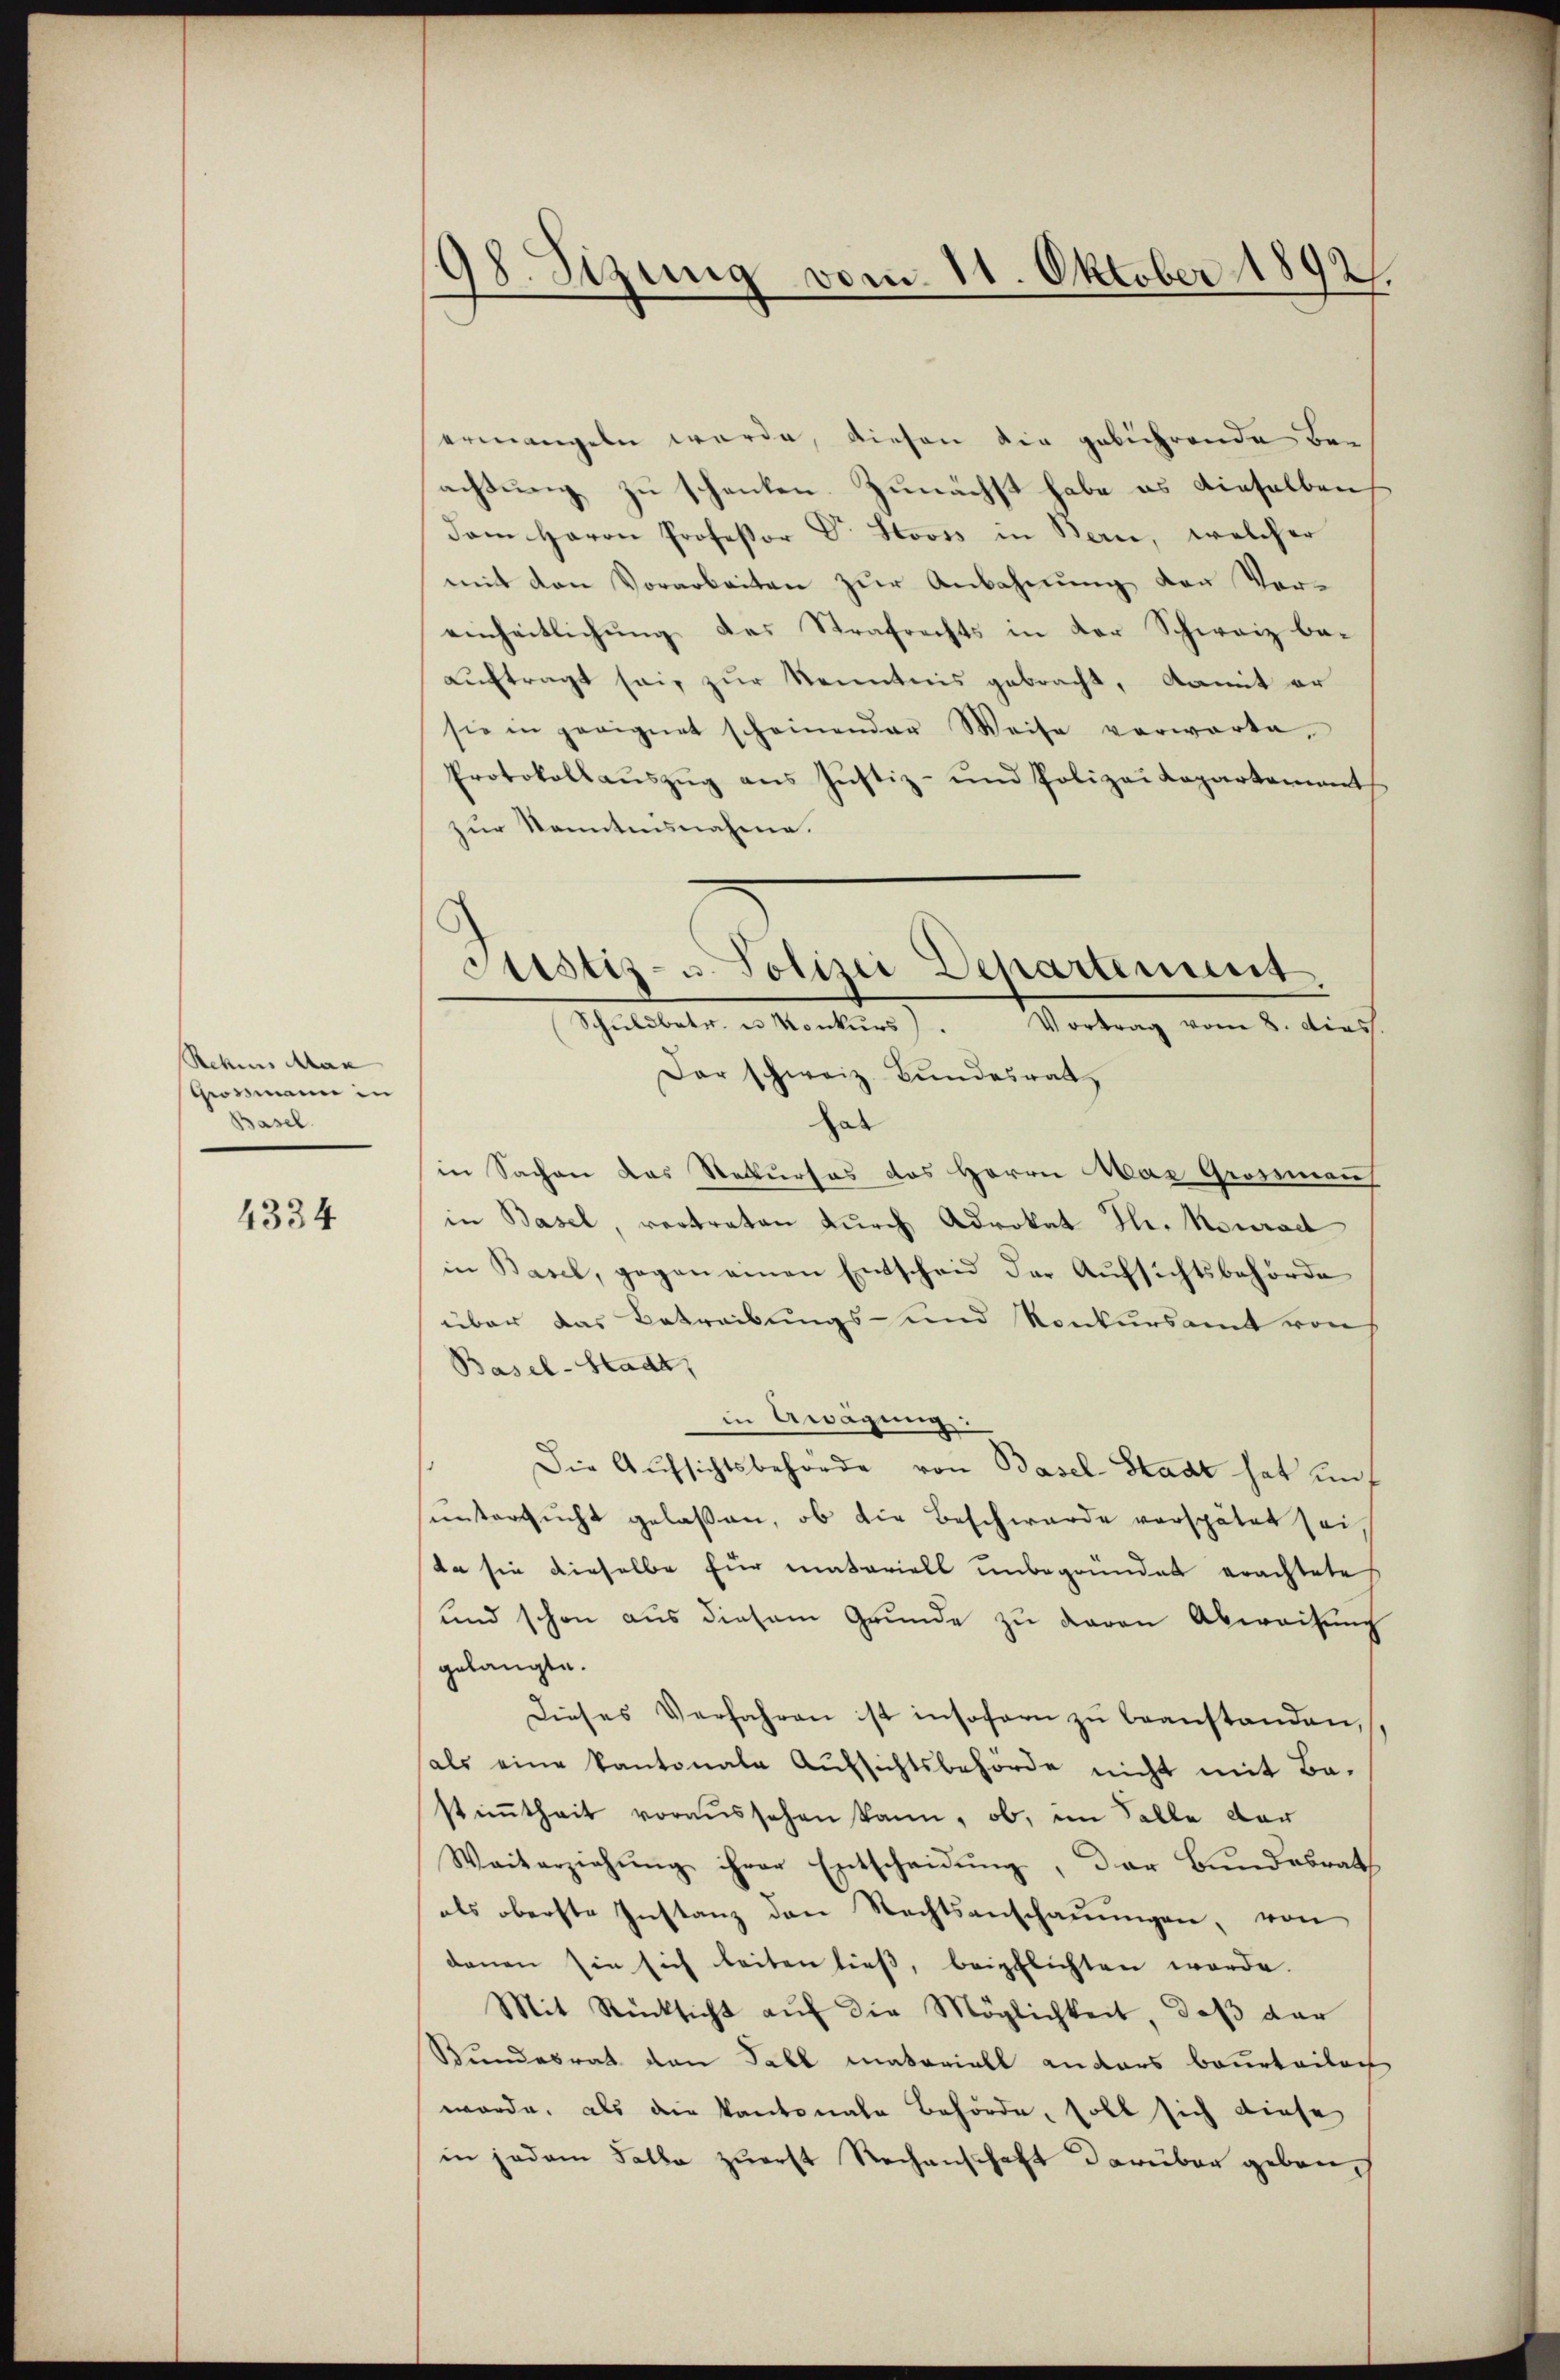
Rekenns Man
Grossmann in
Basel.

4334

98. Sizung vom 11. Oktober 1892

ermangeln werde, diesen die gebührende Ber
achtung zu schenken. Zunächst habe es dieselben
dam Herrn Professor Dr. Stooss in Bern, welcher
mit den Vorarbeiten zur Anbahnung der Vereinheitlichung des Strafrechts in der Schweiz beauftragt sei, zur Kenntnis gebracht, damit er
sie in geeignet scheinender Weise verwarte
Protokollaŭszŭg ans Justiz- und Polizei Kopartement
zur kanntensnahme.
Dar schweiz. Bundesrat
hat
in Sachen das Rekurses des Herrn Mar Grossman
in Basel, vertraten durch Advokat Ihr. Neurad
in Basel, gegen einen Entscheid der Aufsichtsbehörde
über das Betreibungs- und Konkursamt von
Basel-Stadt,
in Awägung:
Die Aufsichtsbehörde von Basel-Stadt hat auf
untersucht gelaßen, ob die Beschwerde verspätet sei,
da sie dieselbe für materiell unbegründet erachtete
und schon aus diesem Grunde zu daran Abweisung
gelangte.
Dieses Verfahren ist insofern zŭ beanstanden,
als eine kantonale Aŭfsichtsbehörde nicht mit Ba-
stimmtheit voraussehen kann, ob, im Falle der
Waiterziehŭng ihrer Entscheidŭng, der Bŭndesrath
als oberste Instanz den Rechtsanschaŭŭngen, von
denen sie sich leiten dieβ, beipflichten werde.
Mit Rücksicht auf die Möglichkeit, daß dar
Bundesrat den Fall materiell anders beurteilich
wurde, als die Kantonale Behörde, soll sich diese
in jedem Falle zuerst Rechenschaft darüber geben¬

Justiz- u. Polizei Departement.
Manten Vortung vom 1. dies